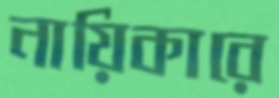
নায়িকারে